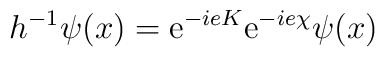
{ h^{-1}\psi(x)=\mathrm{e}^{-ieK}\mathrm{e}^{-ie\chi}\psi(x)}